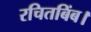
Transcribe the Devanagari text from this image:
रचितबिंब।